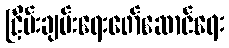
ငြိမ်းချမ်းရေးဖော်ဆောင်ရေး